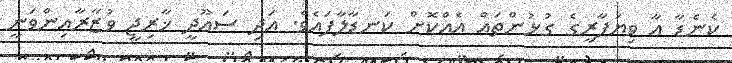
ކެނެޑާ އާ ވިޔަފާރީގެ ގުޅުންތައް އެއްކޮށް ކަނޑާލާފައެވެ. އަދި ސައޫދީ ޚާރިޖީ ވުޒާރާއިންވަނީ